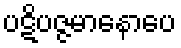
ပဋိပဇ္ဇမာနောပေ